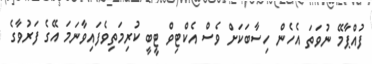
ފުއްޕާމޭ ނުވަތަ އެހެން ހިސާބަކަށް ވެސް އެކްޓިވް ޓީބީ ކުރިމަތިވެފައިވާނަމަ އޭގެ ފަރުވާގެ